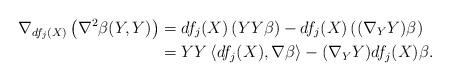
LaTeX: \begin{align*}\nabla_{df_j(X)}\left(\nabla^2\beta(Y,Y)\right)&=df_j(X)\left(YY\beta\right)-df_j(X)\left((\nabla_YY)\beta\right)\\&=YY\left<df_j(X),\nabla\beta\right>-(\nabla_YY)df_j(X)\beta.\end{align*}